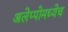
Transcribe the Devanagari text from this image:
अलेप्पोमध्येच